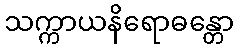
သက္ကာယနိရောဓန္တော